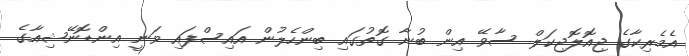
އެމެރިކާގެ ޖިއޮލޮޖިކަލް ސާވޭ އިން ބުނާ ގޮތުގައި ބިންހެލުން އައިސްފައި ވަނީ އިންޑޮނޭޝިއާގެ